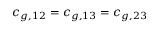
c _ { g , 1 2 } = c _ { g , 1 3 } = c _ { g , 2 3 }